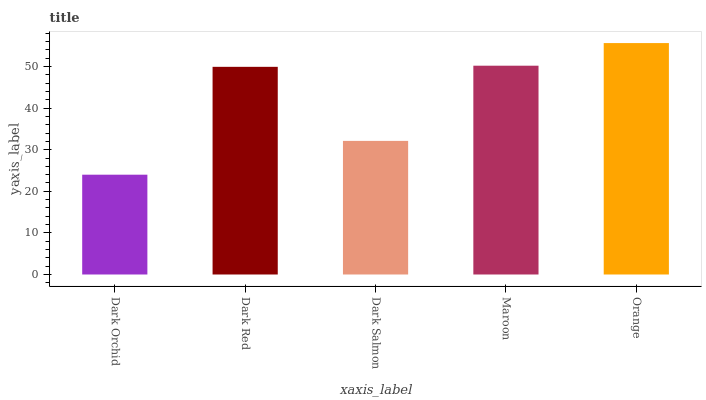
| xaxis_label | bars |
 | --- | --- |
 | Dark Orchid | 24 |
 | Dark Red | 49.9 |
 | Dark Salmon | 32.1 |
 | Maroon | 50.2 |
 | Orange | 55.6 |